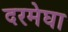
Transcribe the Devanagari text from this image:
दरमेघा